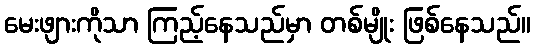
မေးဖျားကိုသာ ကြည့်နေသည်မှာ တစ်မျိုး ဖြစ်နေသည်။